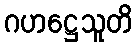
ဂဟဋ္ဌေသူတိ